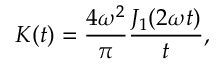
K ( t ) = \frac { 4 \omega ^ { 2 } } { \pi } \frac { J _ { 1 } ( 2 \omega t ) } { t } ,